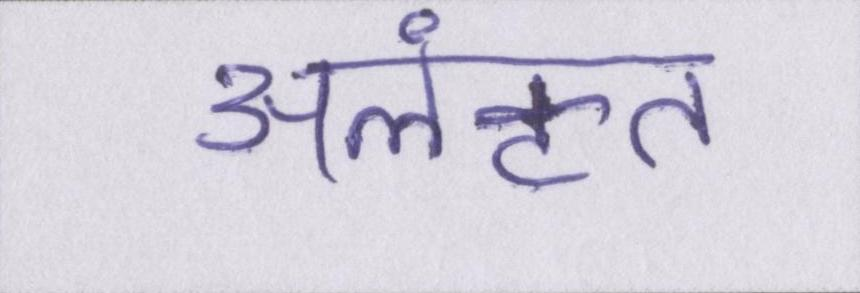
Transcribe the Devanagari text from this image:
अलंकृत